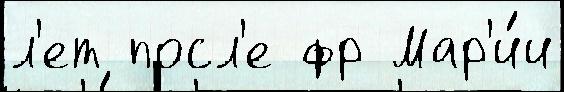
л'ет посл'е фр Мар'и́и